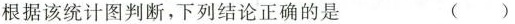
根据该统计图判断，下列结论正确的是 ( )